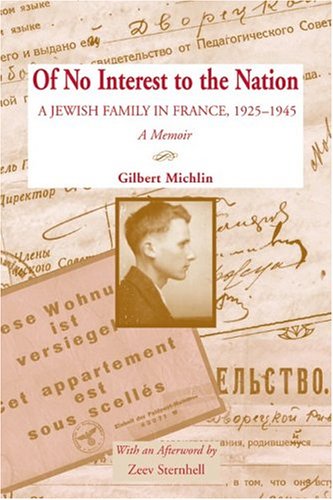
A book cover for Of No Interest to the Nation: A Jewish Family in France, 1925-1945; Gilbert Michlin; Biographies & Memoirs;